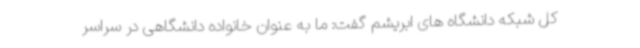
کل شبکه دانشگاه های ابریشم گفت: ما به عنوان خانواده دانشگاهی در سراسر